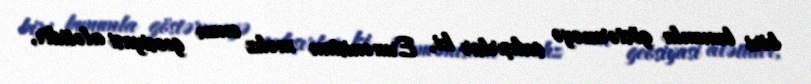
biri bununla göstərməyə çalışırlar ki, Ermənistan məhz onun geosiyasi alətidir,